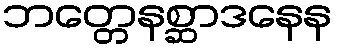
ဘတ္တေနစ္ဆာဒနေန